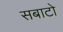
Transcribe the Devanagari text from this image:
सबाटो